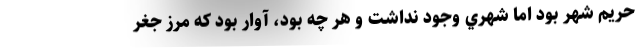
حريم شهر بود اما شهري وجود نداشت و هر چه بود، آوار بود كه مرز جغر